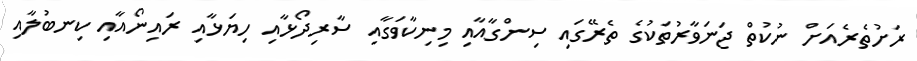
ރަށުތެރެއަށް ނުކުތް ޖަނަވާރުތަކުގެ ތެރޭގައި ސިންގާއާއި މިނިކާވަގާއި ސާރިދޯޅާއި ހިޔަޅާއި ރައިނޯއާއި ކިނބުލާއި